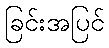
ခြင်းအပြင်